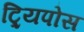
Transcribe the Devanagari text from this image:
ट्र्यिपोस